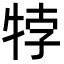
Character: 㹀